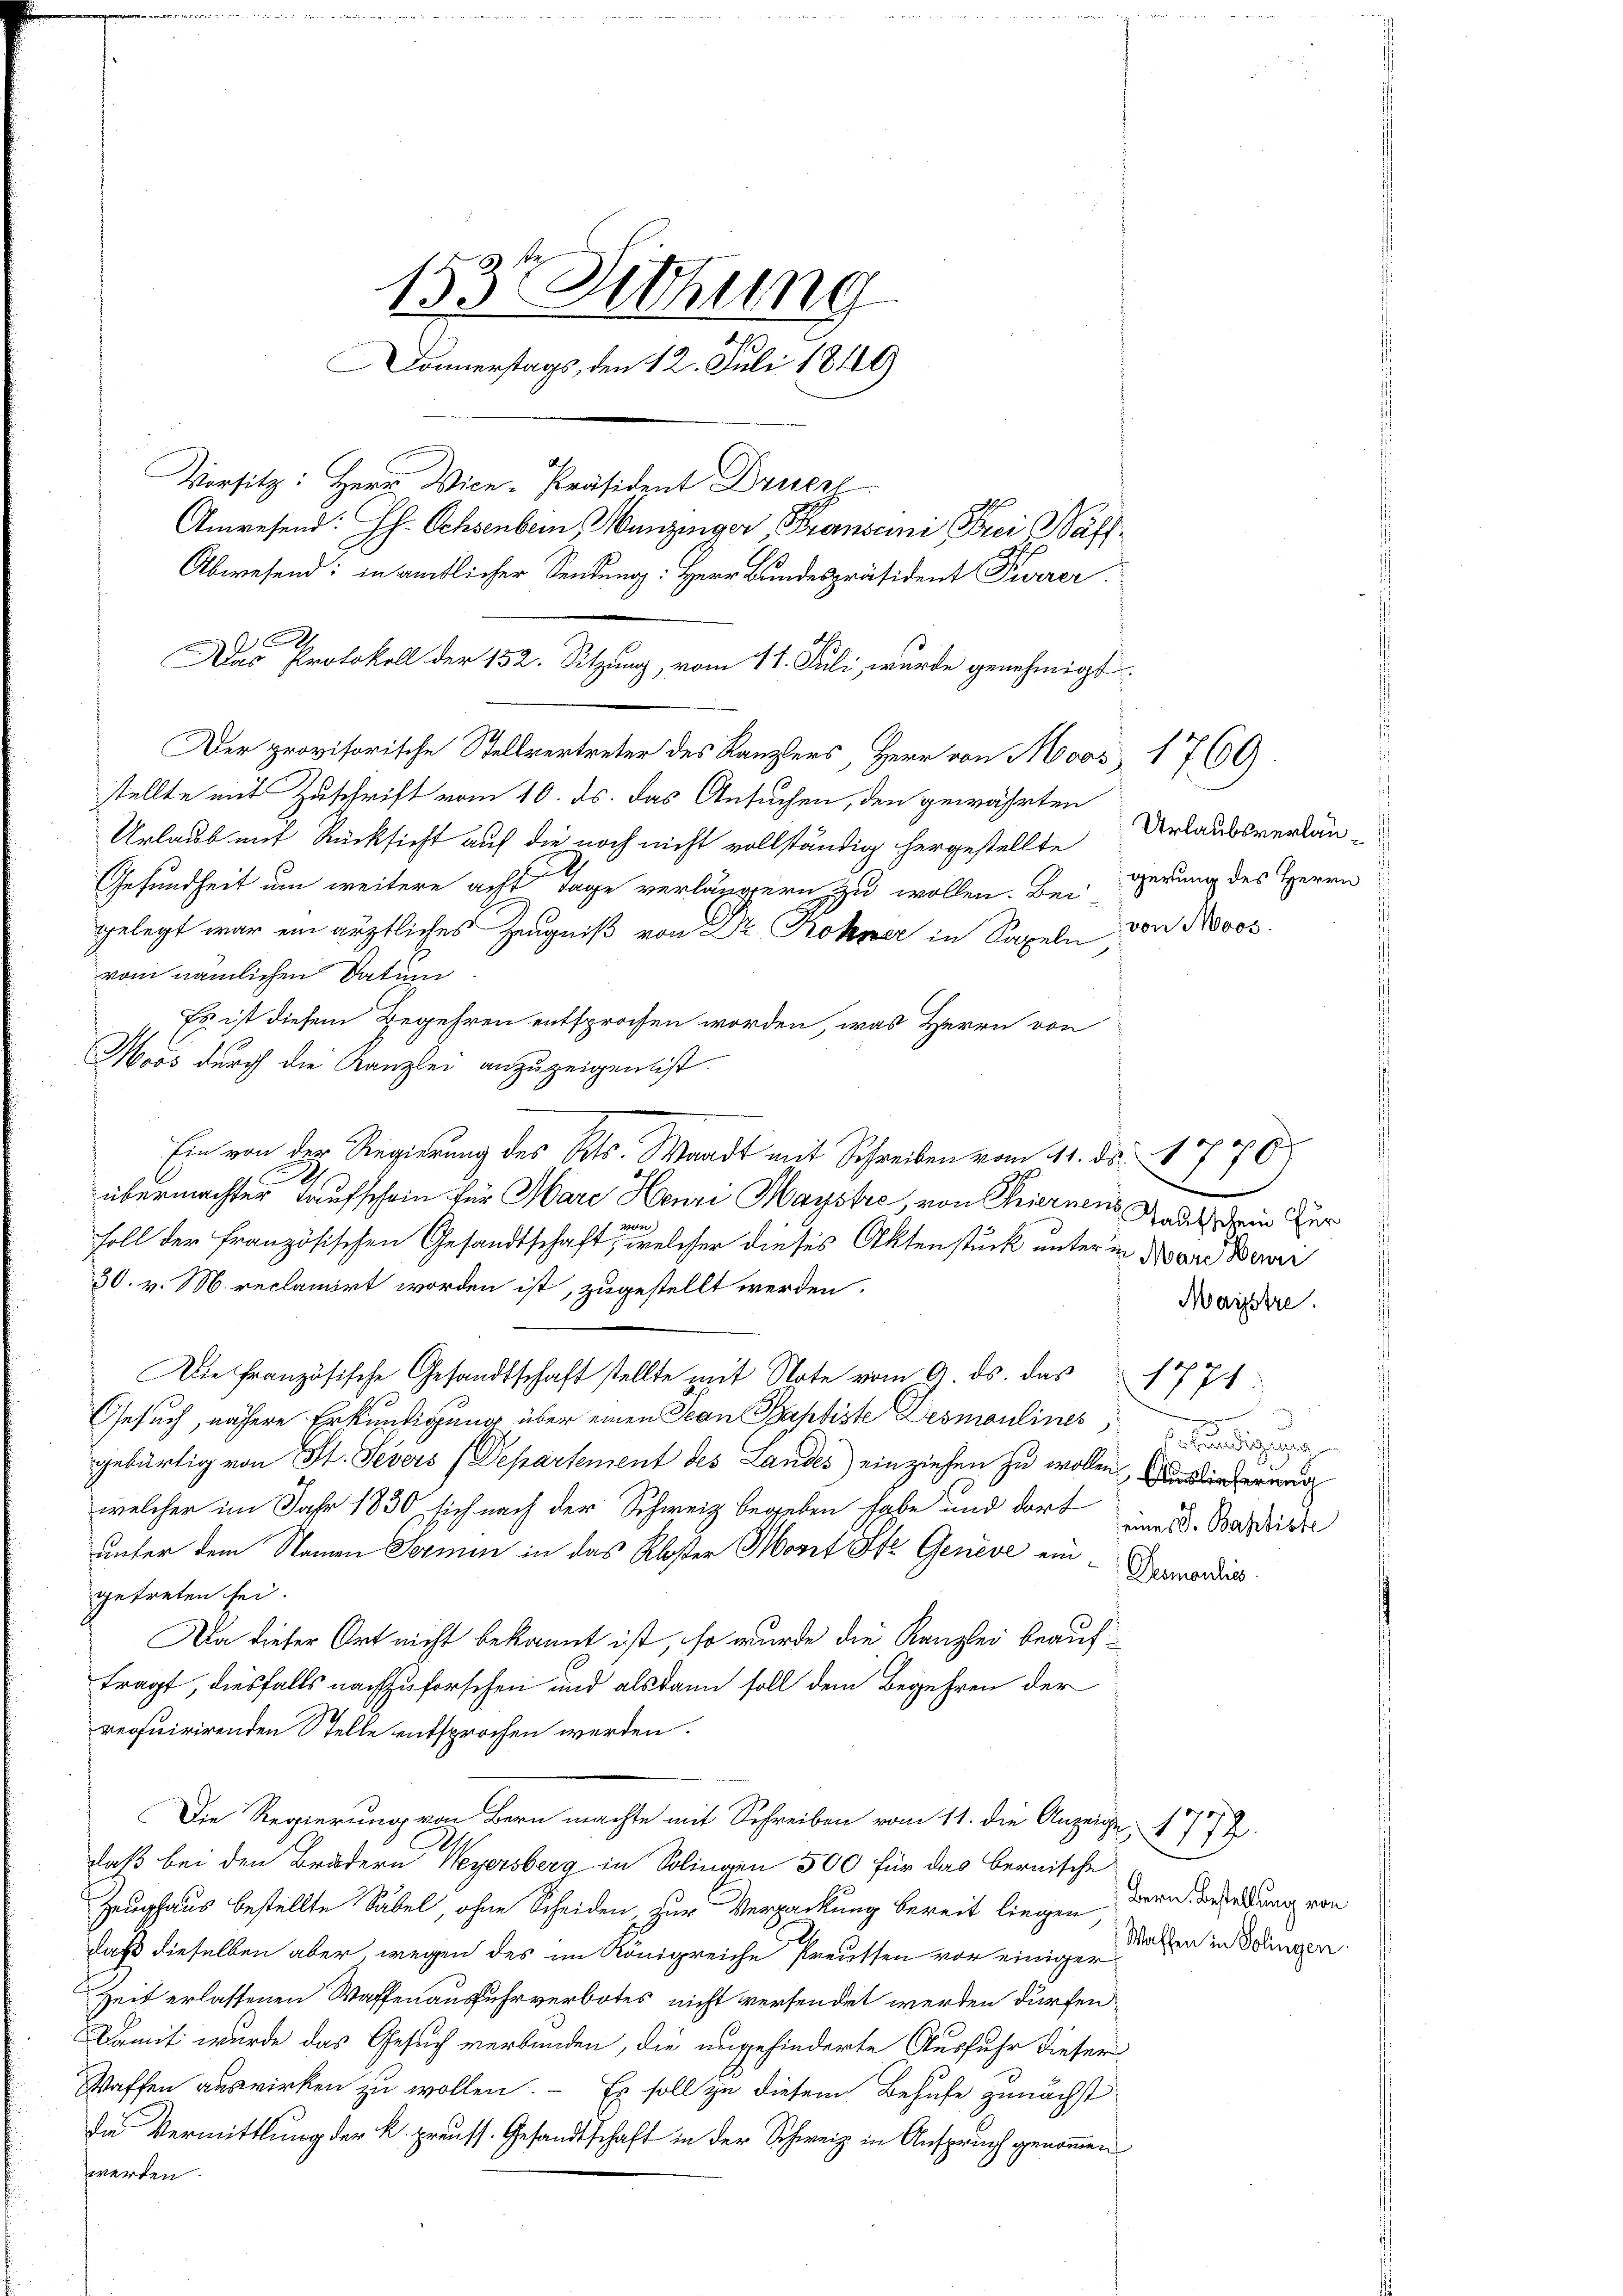
153t Setzung
Donnerstags, den 12. Juli 1849
Vorsitz: Herr Vice-Präsident Drucke
Anwesend: Jh. Ochsenbein, Munzinger, Franscini Frei Wäh¬
Abwesend: in amtlicher Sendung: Herr Bundespräsident Purrer

stellte mit Zuschrift vom 10. ds. das Ansuchen, den gewährten
Urlaub mit Rücksicht auf die noch nicht vollständig hergestellte
2
Gesundheit um weitere acht Tage verlängern zu wollen. Bei-
von Moos.
gelegt war ein ärztliches Zeugniß von Dr. Rohner in Sapeln,
vom nämlichen Datum
Es ist diesem Begehren entsprochen worden, was Herrn von
Moos durch die Kanzlei anzuzeigen ist.
Ein von der Regierung des Kts. Waadt mit Schreiben vom 11. ds. 1786
2
6
übermachter Taufschein für Marc Henri Maystre, von Thiernen Radet dem Her
n
Foll der französischen Gesandtschaft, welcher dieses Aktenstück unter in der Beri
30. v. M. reclamirt worden ist, zugestellt werden.
Maistre.
Die Französische Gesandtschaft stellte mit Note vom 9. ds. das
1774
Gesuch, nähere Erkundigung über einen Jean Baptiste Desmoulines,
ehändig ge
gebürtig von St. Severs (Departement des Landes) einziehen zu wollen, Auslieferung
welcher im Jahr 1830, sich nach der Schweiz begeben habe und dort
seines V. Baptiste
unter dem Namen Sermin in das Kloster Morit St. Geneve ein
Desmoulis
getreten sei.
Da dieser Ort nicht bekannt ist, so wurde die Kanzlei beauffragt, diesfalls nachzuforschen und alsdann soll dem Begehren der
reofuirirenden Stelle entsprochen werden.
Die Regierung von Bern machte mit Schreiben vom 11. die Anzeige 1777
daß bei den Brudern Weyersberg in Solingen 500 für das bernische
Zeughaus bestellte Säbel, ohne Scheiden zur Verpackung bereit liegen dere Besendung von
daß dieselben aber wegen des im Königreiche Preussen vor einige Walten in Schingen.
Zeit erlassenen Waffenausfuhrverbotes nicht versendet werden dürfen.
Damit wurde das Gesuch verbunden, die ungehinderte Ausfuhr dieser
Waffen auswirken zu wollen. – Es soll zu diesem Behufe zunächst
Da Vermittlung der k. preuss. Gesandtschaft in der Schweiz in Anspruch genommen
werden.

Das Protokoll der 152. Sitzung, vom 11. Juli, wurde genehmigt.
Der provisorische Stellvertreter des Kanzlers, Herr von Moos, 1760)

Urlaubsverlaugerung des Herrn

s